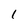
Character: l